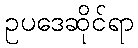
ဥပဒေဆိုင်ရာ